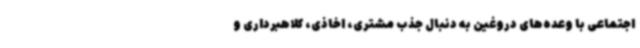
اجتماعی با وعده‌های دروغین به دنبال جذب مشتری، اخاذی، کلاهبرداری و